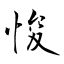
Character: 悛